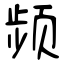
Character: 频